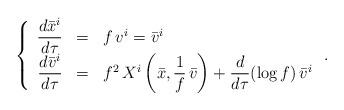
LaTeX: \begin{align*}\left\{\begin{array}{rcl} \dfrac{d \bar x^i}{d\tau}&=&f\, v^i=\bar v^i\\ \dfrac{d\bar v^i}{d\tau}&=&{f^2}\, X^i\left (\bar x, \dfrac 1f \,\bar v\right)+\dfrac d{d\tau}(\log f)\, \bar v^i\end{array}\right..\end{align*}